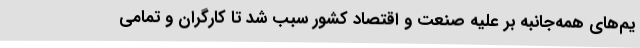
يم‌هاي همه‌جانبه بر عليه صنعت و اقتصاد كشور سبب شد تا كارگران و تمامي